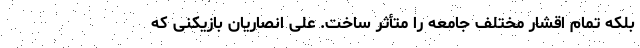
بلکه تمام اقشار مختلف جامعه را متأثر ساخت. علی انصاریان بازیکنی که